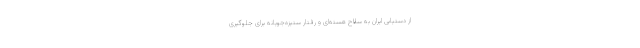
از دستیابی ایران به سلاح هسته‌ای و رفتار ستیزه‌جویانه برای جلوگیری